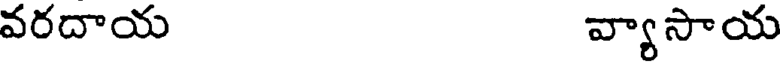
వరదాయ వ్యాసాయ